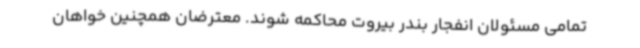
تمامی مسئولان انفجار بندر بیروت محاکمه شوند. معترضان همچنین خواهان